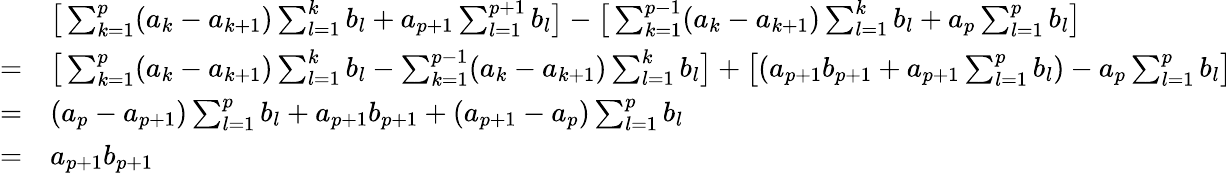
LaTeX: \begin{array}{rl}&{\big[\sum_{k=1}^{p}(a_{k}-a_{k+1})\sum_{l=1}^{k}b_{l}+a_{p+1}\sum_{l=1}^{p+1}b_{l}\big]-\big[\sum_{k=1}^{p-1}(a_{k}-a_{k+1})\sum_{l=1}^{k}b_{l}+a_{p}\sum_{l=1}^{p}b_{l}\big]}\\ {=}&{\big[\sum_{k=1}^{p}(a_{k}-a_{k+1})\sum_{l=1}^{k}b_{l}-\sum_{k=1}^{p-1}(a_{k}-a_{k+1})\sum_{l=1}^{k}b_{l}\big]+\big[(a_{p+1}b_{p+1}+a_{p+1}\sum_{l=1}^{p}b_{l})-a_{p}\sum_{l=1}^{p}b_{l}\big]}\\ {=}&{(a_{p}-a_{p+1})\sum_{l=1}^{p}b_{l}+a_{p+1}b_{p+1}+(a_{p+1}-a_{p})\sum_{l=1}^{p}b_{l}}\\ {=}&{a_{p+1}b_{p+1}}\end{array}